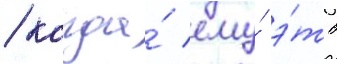
/ когда́ ему́ э́то